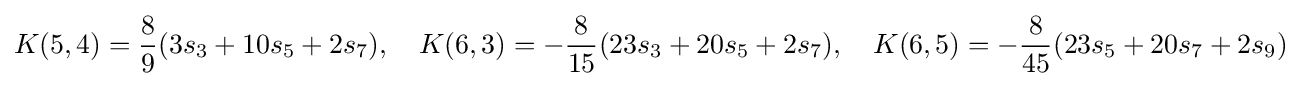
K(5,4)={\frac {8}{9}}(3s_{3}+10s_{5}+2s_{7}),\quad K(6,3)=-{\frac {8}{15}}(23s_{3}+20s_{5}+2s_{7}),\quad K(6,5)=-{\frac {8}{45}}(23s_{5}+20s_{7}+2s_{9})